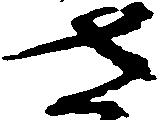
さ